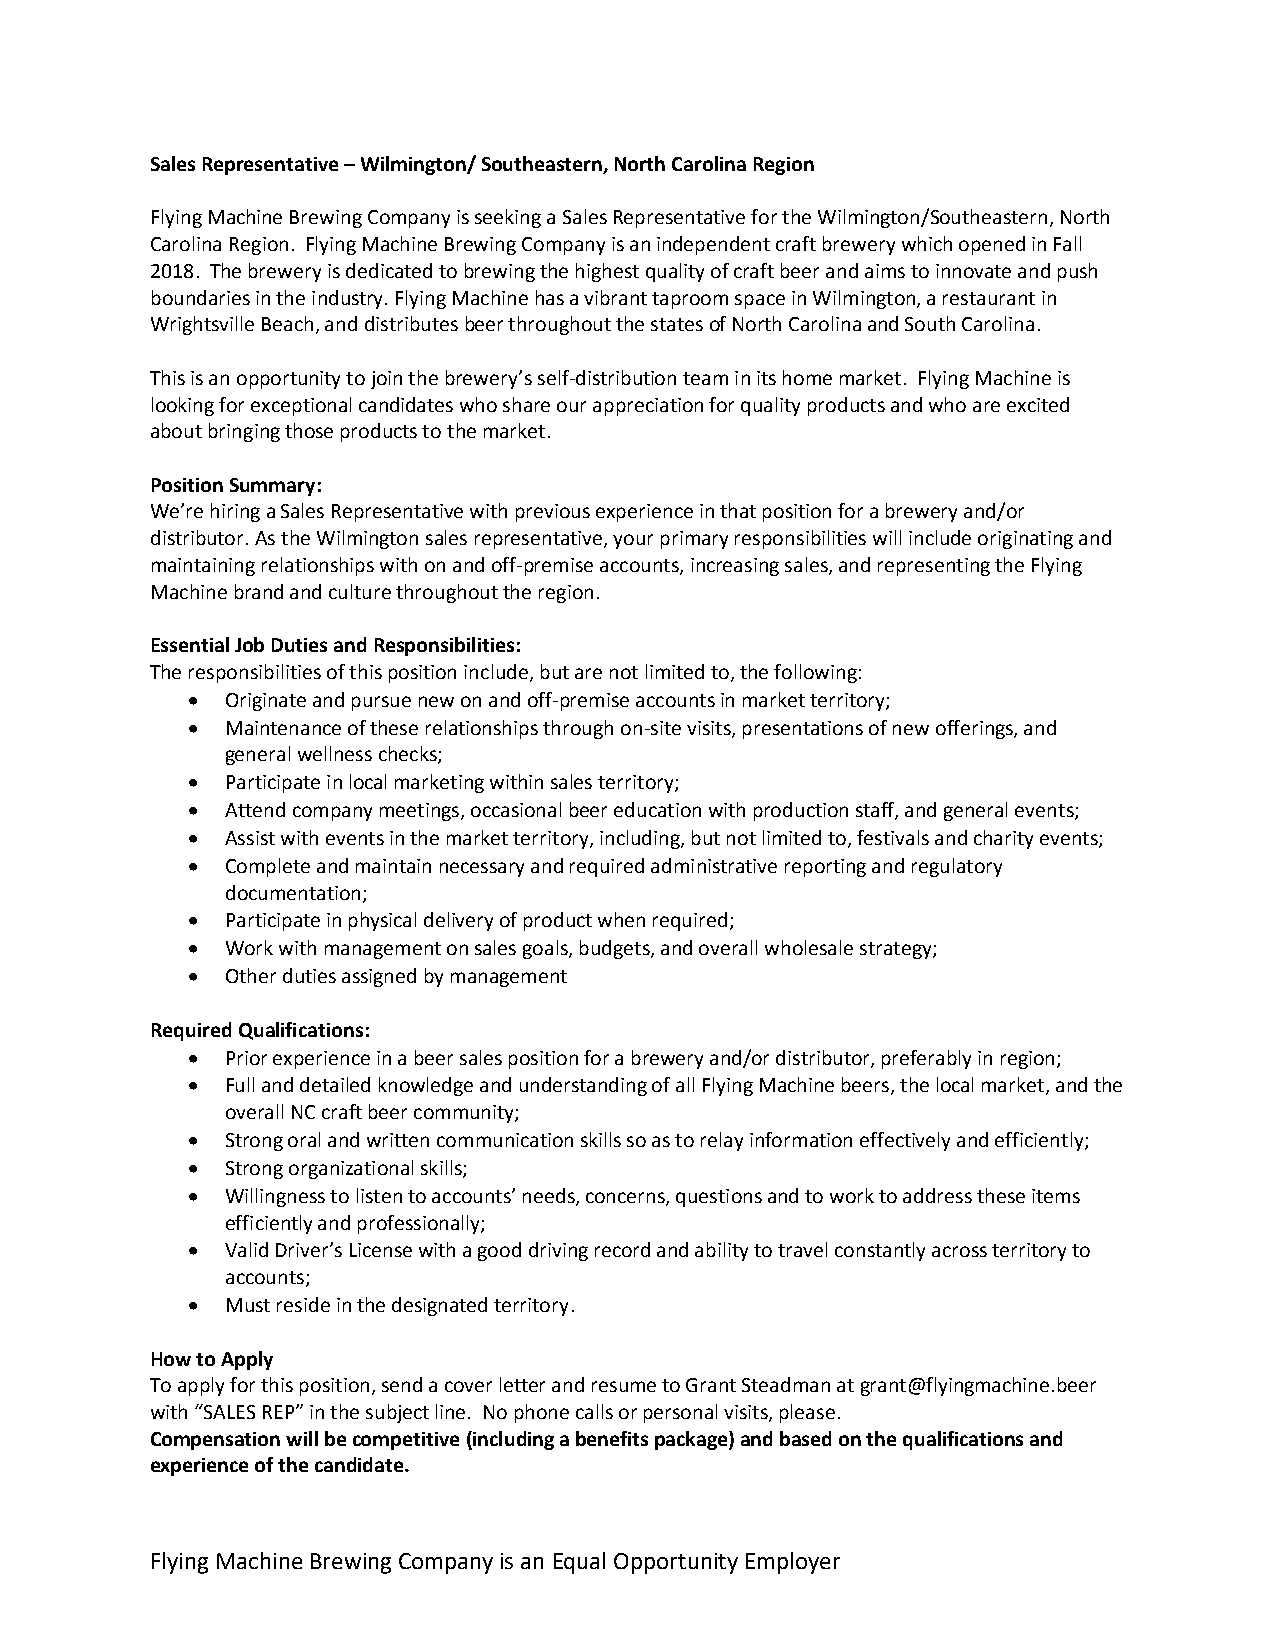
Sales Representative – Wilmington/ Southeastern, North Carolina Region
 Flying Machine Brewing Company is seeking a Sales Representative for the Wilmington/Southeastern, North
 Carolina Region. Flying Machine Brewing Company is an independent craft brewery which opened in Fall
 2018. The brewery is dedicated to brewing the highest quality of craft beer and aims to innovate and push
 boundaries in the industry. Flying Machine has a vibrant taproom space in Wilmington, a restaurant in
 Wrightsville Beach, and distributes beer throughout the states of North Carolina and South Carolina.
 This is an opportunity to join the brewery’s self-distribution team in its home market. Flying Machine is
 looking for exceptional candidates who share our appreciation for quality products and who are excited
 about bringing those products to the market.
 Position Summary:
 We’re hiring a Sales Representative with previous experience in that position for a brewery and/or
 distributor. As the Wilmington sales representative, your primary responsibilities will include originating and
 maintaining relationships with on and off-premise accounts, increasing sales, and representing the Flying
 Machine brand and culture throughout the region.
 Essential Job Duties and Responsibilities:
 The responsibilities of this position include, but are not limited to, the following:
 •  Originate and pursue new on and off-premise accounts in market territory;
 •  Maintenance of these relationships through on-site visits, presentations of new offerings, and
 general wellness checks;
 •  Participate in local marketing within sales territory;
 •  Attend company meetings, occasional beer education with production staff, and general events;
 •  Assist with events in the market territory, including, but not limited to, festivals and charity events;
 •  Complete and maintain necessary and required administrative reporting and regulatory
 documentation;
 •  Participate in physical delivery of product when required;
 •  Work with management on sales goals, budgets, and overall wholesale strategy;
 •  Other duties assigned by management
 Required Qualifications:
 •  Prior experience in a beer sales position for a brewery and/or distributor, preferably in region;
 •  Full and detailed knowledge and understanding of all Flying Machine beers, the local market, and the
 overall NC craft beer community;
 •  Strong oral and written communication skills so as to relay information effectively and efficiently;
 •  Strong organizational skills;
 •  Willingness to listen to accounts’ needs, concerns, questions and to work to address these items
 efficiently and professionally;
 •  Valid Driver’s License with a good driving record and ability to travel constantly across territory to
 accounts;
 •  Must reside in the designated territory.
 How to Apply
 To apply for this position, send a cover letter and resume to Grant Steadman at grant@flyingmachine.beer
 with “SALES REP” in the subject line. No phone calls or personal visits, please.
 Compensation will be competitive (including a benefits package) and based on the qualifications and
 experience of the candidate.
 Flying Machine Brewing Company is an Equal Opportunity Employer